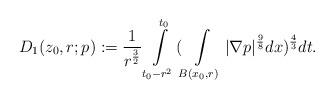
LaTeX: \begin{align*}D_{1}(z_{0},r;p):=\frac{1}{r^{\frac{3}{2}}}\int\limits_{t_0-r^2}^{t_0}(\int\limits_{B(x_{0},r)}|\nabla p|^{\frac{9}{8}}dx)^{\frac{4}{3}} dt.\end{align*}